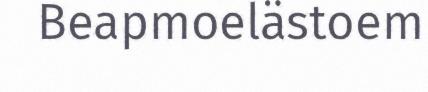
Beapmoelästoem